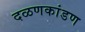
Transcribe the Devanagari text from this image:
दळणकांडण